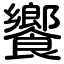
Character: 饗